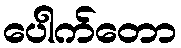
ပေါက်တော